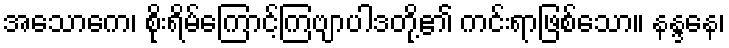
အသောကေ၊ စိုးရိမ်ကြောင့်ကြဗျာပါဒတို့၏ ကင်းရာဖြစ်သော။ နန္ဒနေ၊